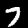
Digit: 7